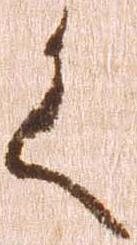
く